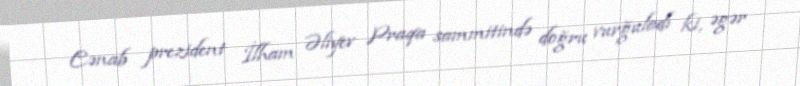
Cənab prezident İlham Əliyev Praqa sammitində doğru vurğuladı ki, əgər